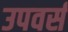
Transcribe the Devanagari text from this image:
उपवर्स